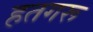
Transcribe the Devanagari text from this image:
हतगरू